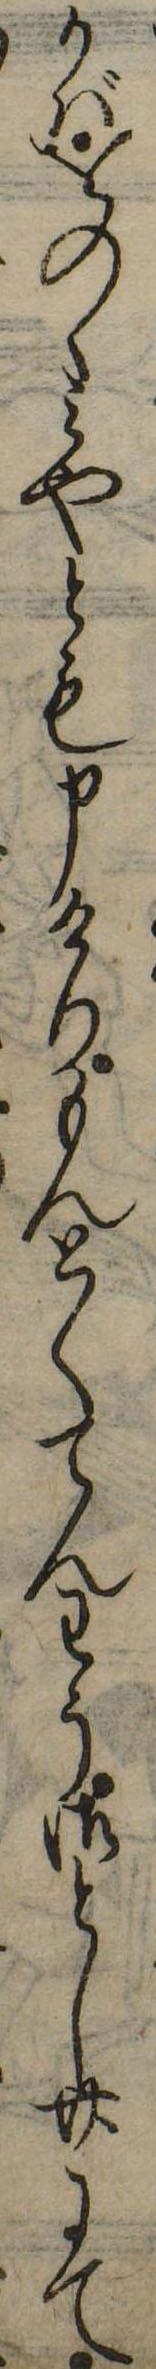
かばをのゝみやとも申けりもんとくてんわう御とし卅にて